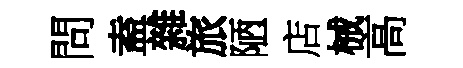
問盍雜旅陋店械高